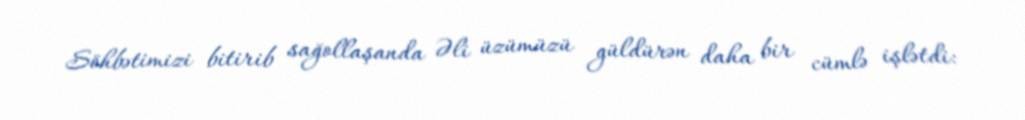
Söhbətimizi bitirib sağollaşanda Əli üzümüzü güldürən daha bir cümlə işlətdi: